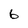
Character: 6